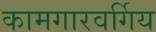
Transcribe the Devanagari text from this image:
कामगारवर्गिय